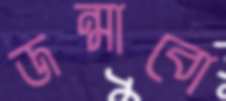
জন্মাবো